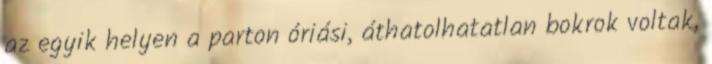
az egyik helyen a parton óriási, áthatolhatatlan bokrok voltak,